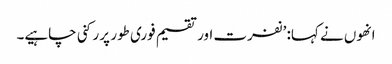
انھوں نے کہا: ’نفرت اور تقسیم فوری طور پر رکنی چاہیے۔